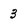
Character: 3